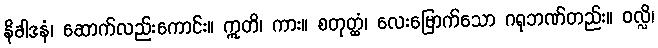
နိခါဒနံ၊ ဆောက်လည်းကောင်း။ ဣတိ၊ ကား။ စတုတ္ထံ၊ လေးမြောက်သော ဂရုဘဏ်တည်း။ ဝလ္လိ၊